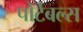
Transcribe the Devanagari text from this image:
पोर्टेबल्स